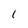
Character: 1